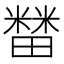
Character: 𰣘